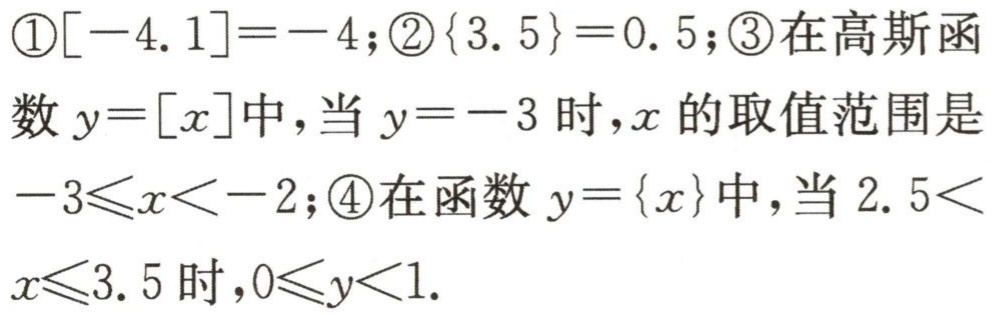
\textcircled{1}$[-4.1]=-4$;\textcircled{2}$\{3.5\}=0.5$;\textcircled{3}在高斯函数$y = [x]$中,当$y = - 3$时,$x$的取值范围是$-3\leqslant x\lt - 2$;\textcircled{4}在函数$y=\{x\}$中,当$2.5\lt x\leqslant3.5$时,$0\leqslant y\lt1$.